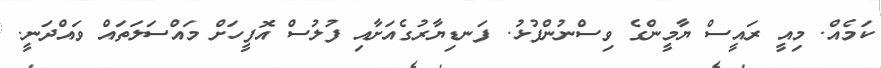
ކަމެއް. މިއީ ރައީސް ޔާމީންގެ ވިސްނުންފުޅު. ފަނޑިޔާރުގެއަށާއި ފުލުސް އޮފީހަށް މައްސަލަތައް ވައްދަނީ.